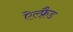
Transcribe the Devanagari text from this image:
ऐल्फ़्रैड